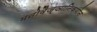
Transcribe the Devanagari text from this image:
मनोवैज्ञानिकयोन